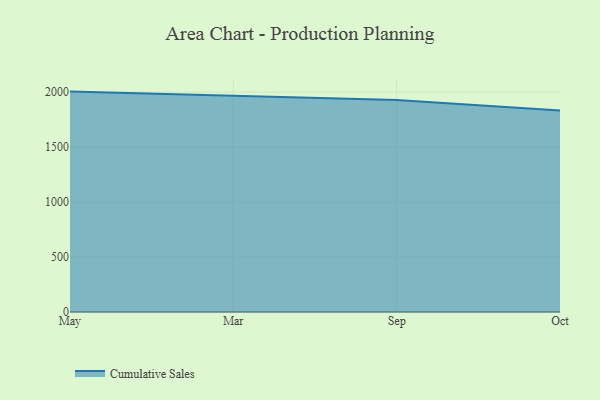
{"axis": {"x": "Month", "y": "Gross Profit (USD K)"}, "legend": ["Cumulative Sales"], "data": [{"x": "May", "y": 2004.8, "type": "Cumulative Sales"}, {"x": "Mar", "y": 1969.9, "type": "Cumulative Sales"}, {"x": "Sep", "y": 1929.5, "type": "Cumulative Sales"}, {"x": "Oct", "y": 1833.3, "type": "Cumulative Sales"}]}